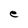
Character: e